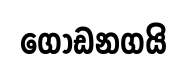
ගොඩනගයි